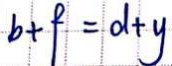
b + f = d + y